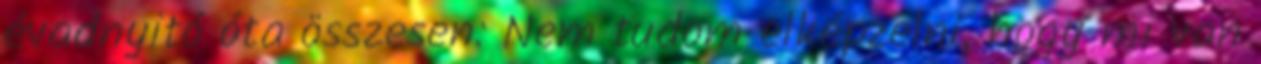
évadnyitó óta összesen: Nem tudom elképzelni, hogy mi van